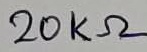
Text: 20KΩ